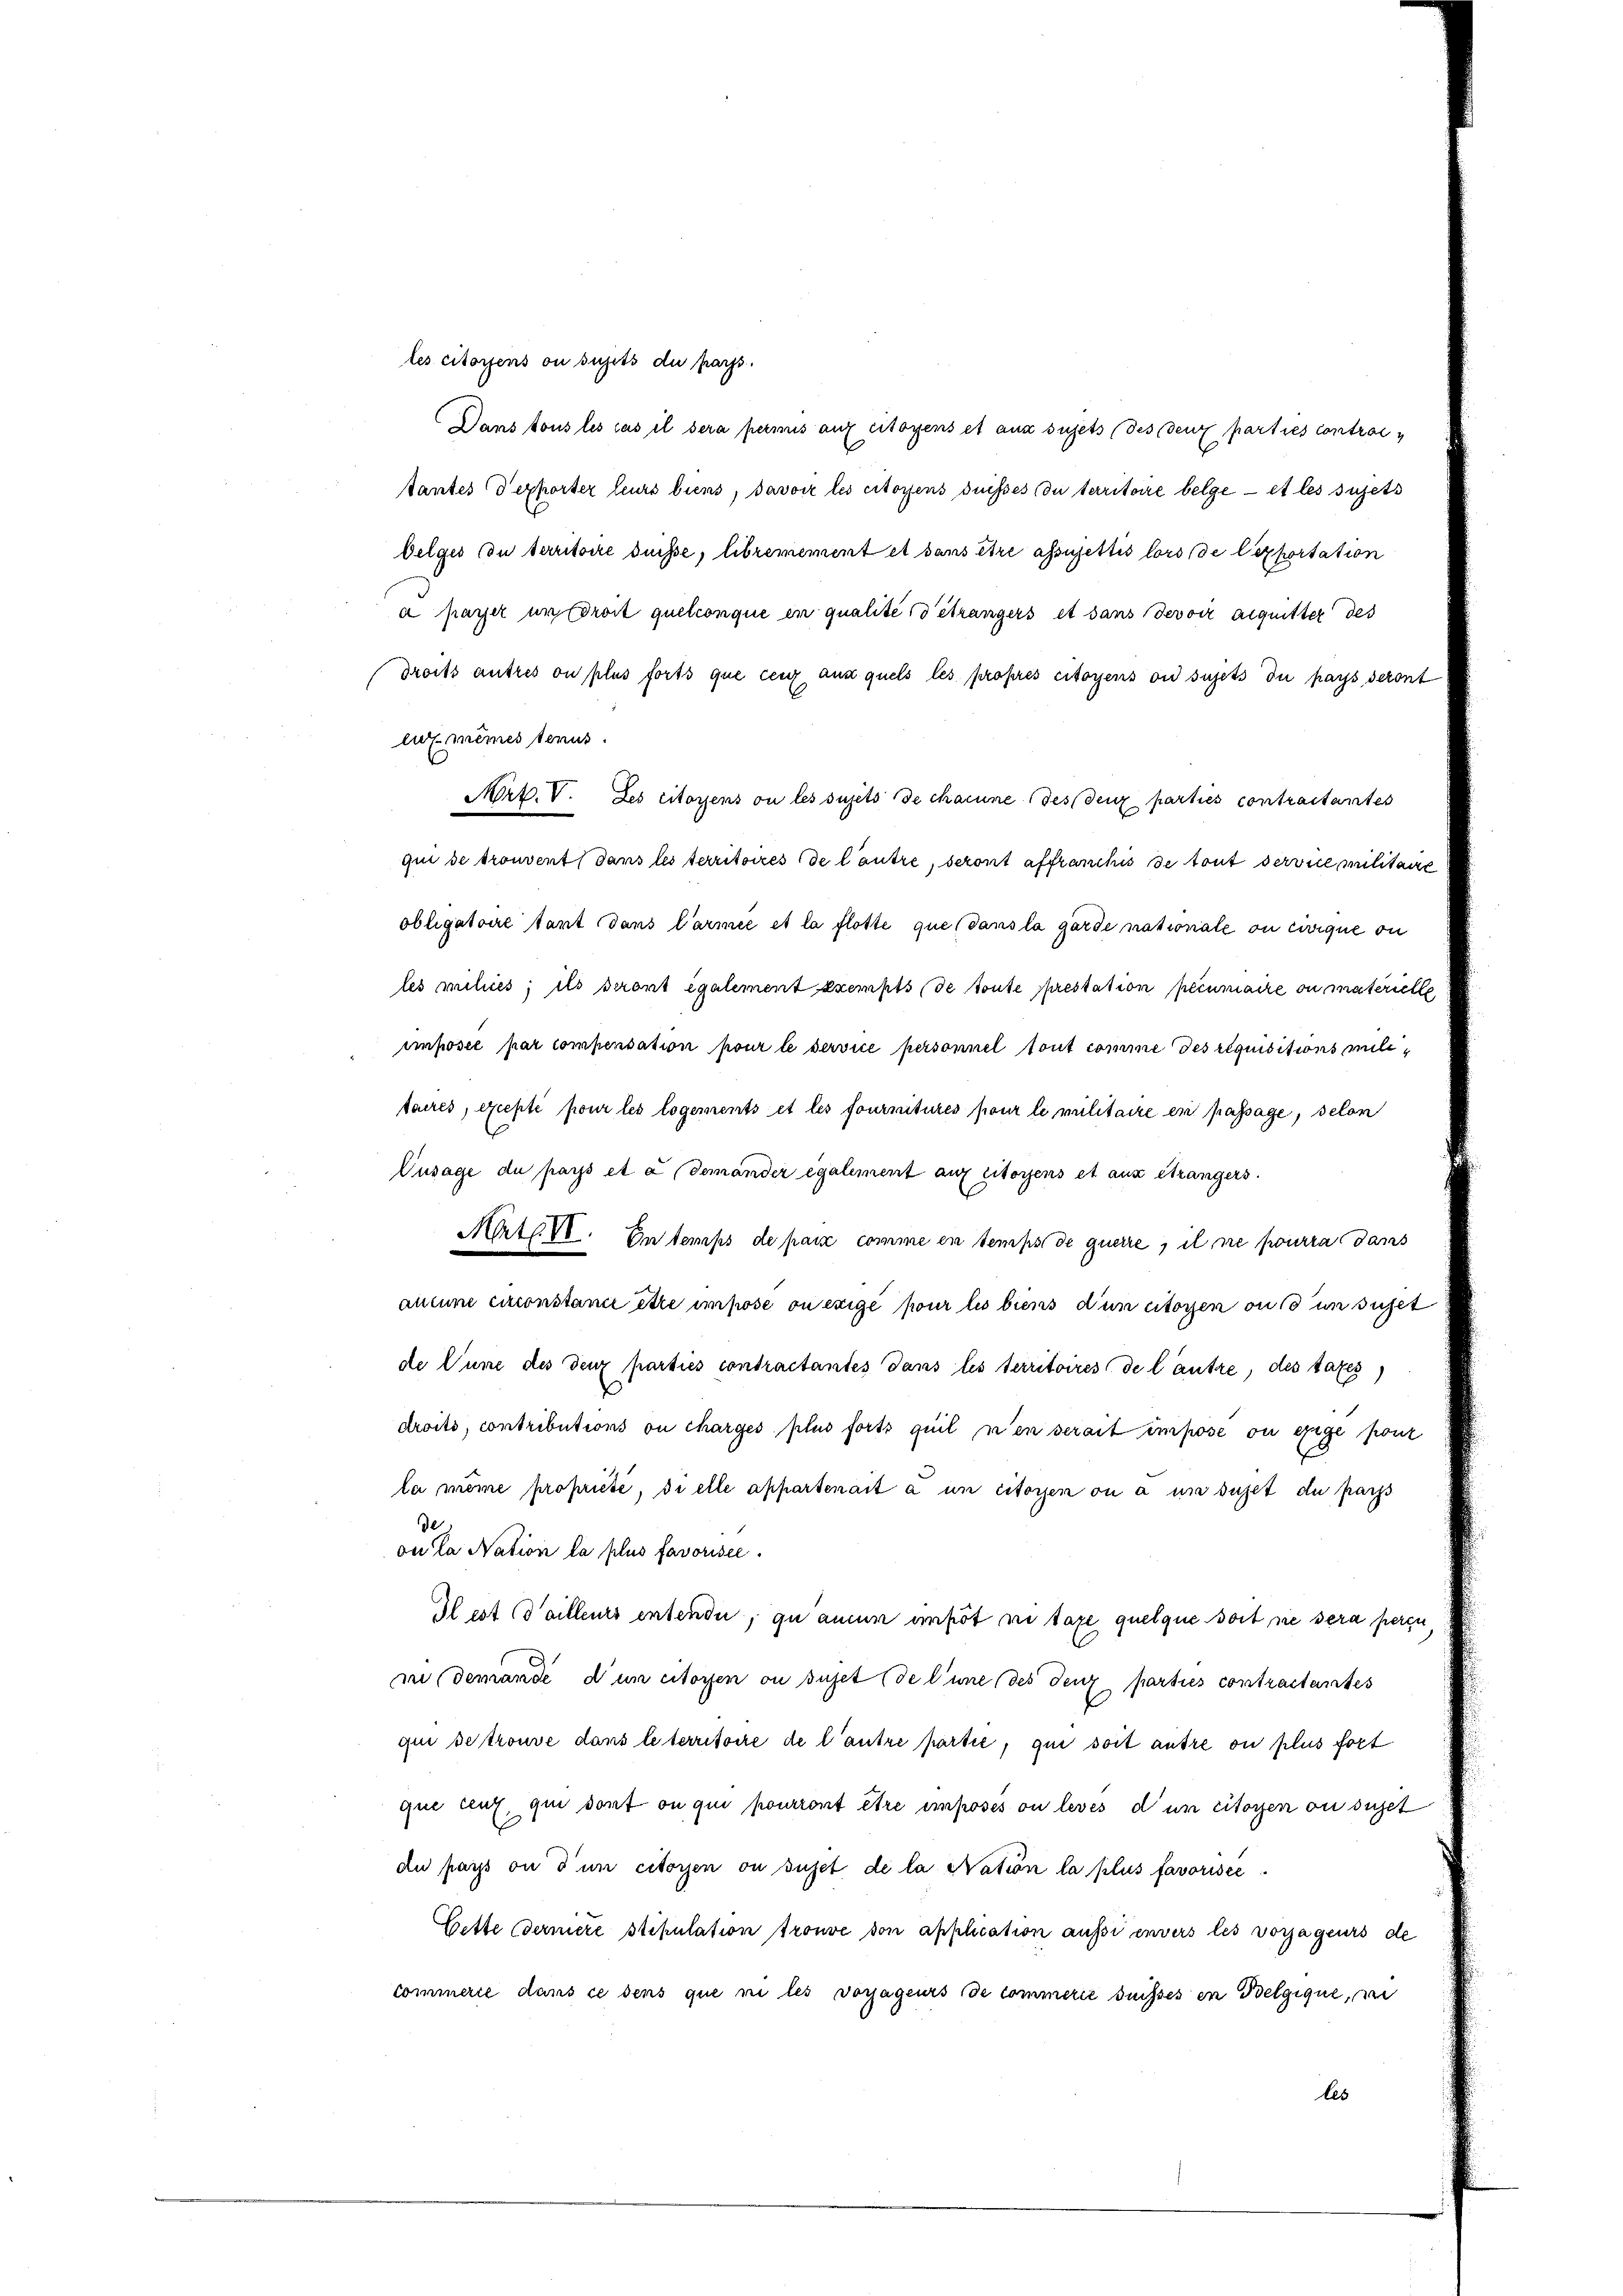
les citoyens ou sujets du parts.
Dans tous les cas il sera permis auf citoyens et aus sujets (desdenz parties contrac
tantes (dexporter leurs biens, davoir les citoyens duisses du territoire belge – et les sujets
Oelges du territoire duesse, libremement et sans être assujettis lors de lexportation
à payer in droit quelconque en qualité détrangers et dans devoir acquitter des
droits autres ou plus forts que cenz ans quels les propres citoyens ou sujets du pays seront
lux mêmes tenus.
Art. V. Les citoyens ou les sujets de chacune des den parties contraitantes
qui de trouvent dans les territoires de l’autre, seront affranchis de tout service militaire
obligatoire tant dans l’armée et la flotte que dans la garde nationale on cirique ou
les mihies; ils seront également exempts de toute prestation peinmache ou materielle
imposée par compensation pour le service personnel tout comme des requisitions militaires, excepté pour les logements et les fournitures pour le militaire en passage, selon
Eusage du pars et a demander egalement auf citoyens et aux étrangers.
Mrtl. VI. In temps de passe comme en temps de querre, il sie pourra dans
anium exconstani ette impose ou exige pour les biens den mitoyen aus un suchet
de Lune des denz parties contractantes dans les territoires de l’autre, des taxes)
droits, contributions ou charges plus forts quil n’en serait impose ou exige ponz
la même propriété, di elle appartenait à un citoren ou à un sujet du pars
de
on La Nation la plus favorisée.
Il est (dailleurs entende, zu aucun empöt ni tage quelque soit sie sera peren,
in demande d’un citoyen ou sujet de l’une des denz parties contractantes
qui se trouve dans le territoire de l’autre partie, qui soit autre ou plus fort
que ceux qui dont ou qui pourront être imposés ou levés d’un citoyen ou sujet
du pars ou d’un citoyen ou sujet de la Nation la plus favorisce
Gette dernere stipulation trouve von application aussi envers les vorjageurs de
commerie dans ce dens que ne les vorjagenes de commerie duisses in Belgique, wi
les